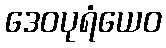
ဒေဝပုရံယေဝ